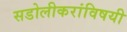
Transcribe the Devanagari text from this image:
सडोलीकरांविषयी